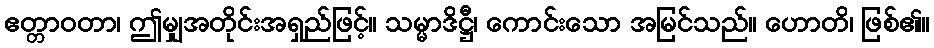
ဧတ္တာဝတာ၊ ဤမျှအတိုင်းအရှည်ဖြင့်။ သမ္မာဒိဋ္ဌီ၊ ကောင်းသော အမြင်သည်။ ဟောတိ၊ ဖြစ်၏။